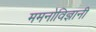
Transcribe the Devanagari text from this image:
ममनोविज्ञानी